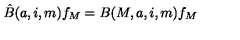
\hat { B } ( a , i , m ) f _ { M } = B ( M , a , i , m ) f _ { M }